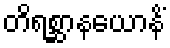
တိရစ္ဆာနယောနိံ